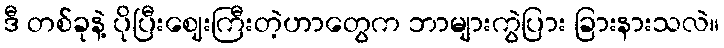
ဒီ တစ်ခုနဲ့ ပိုပြီးဈေးကြီးတဲ့ဟာတွေက ဘာများကွဲပြား ခြားနားသလဲ။